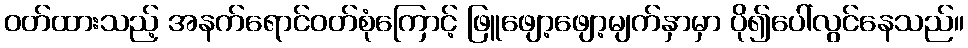
ဝတ်ထားသည့် အနက်ရောင်ဝတ်စုံကြောင့် ဖြူဖျော့ဖျော့မျက်နှာမှာ ပို၍ပေါ်လွင်နေသည်။